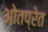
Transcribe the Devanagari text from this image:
ओतप्रेत